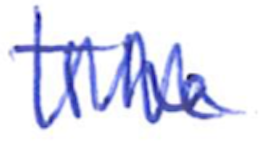
Text: The
Cross-out: zig-zag
Writing tool: ballpoint